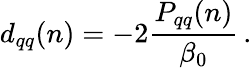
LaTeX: d_{qq}(n)=-2{\frac{P_{qq}(n)}{\beta_{0}}}\, .